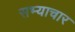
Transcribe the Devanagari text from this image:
सभ्याचार